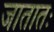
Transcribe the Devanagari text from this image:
जातातः